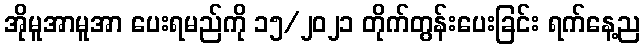
အိုမူအာမူအာ ပေးရမည်ကို ၁၅/၂၀၂၁ တိုက်တွန်းပေးခြင်း ရက်နေ့ည